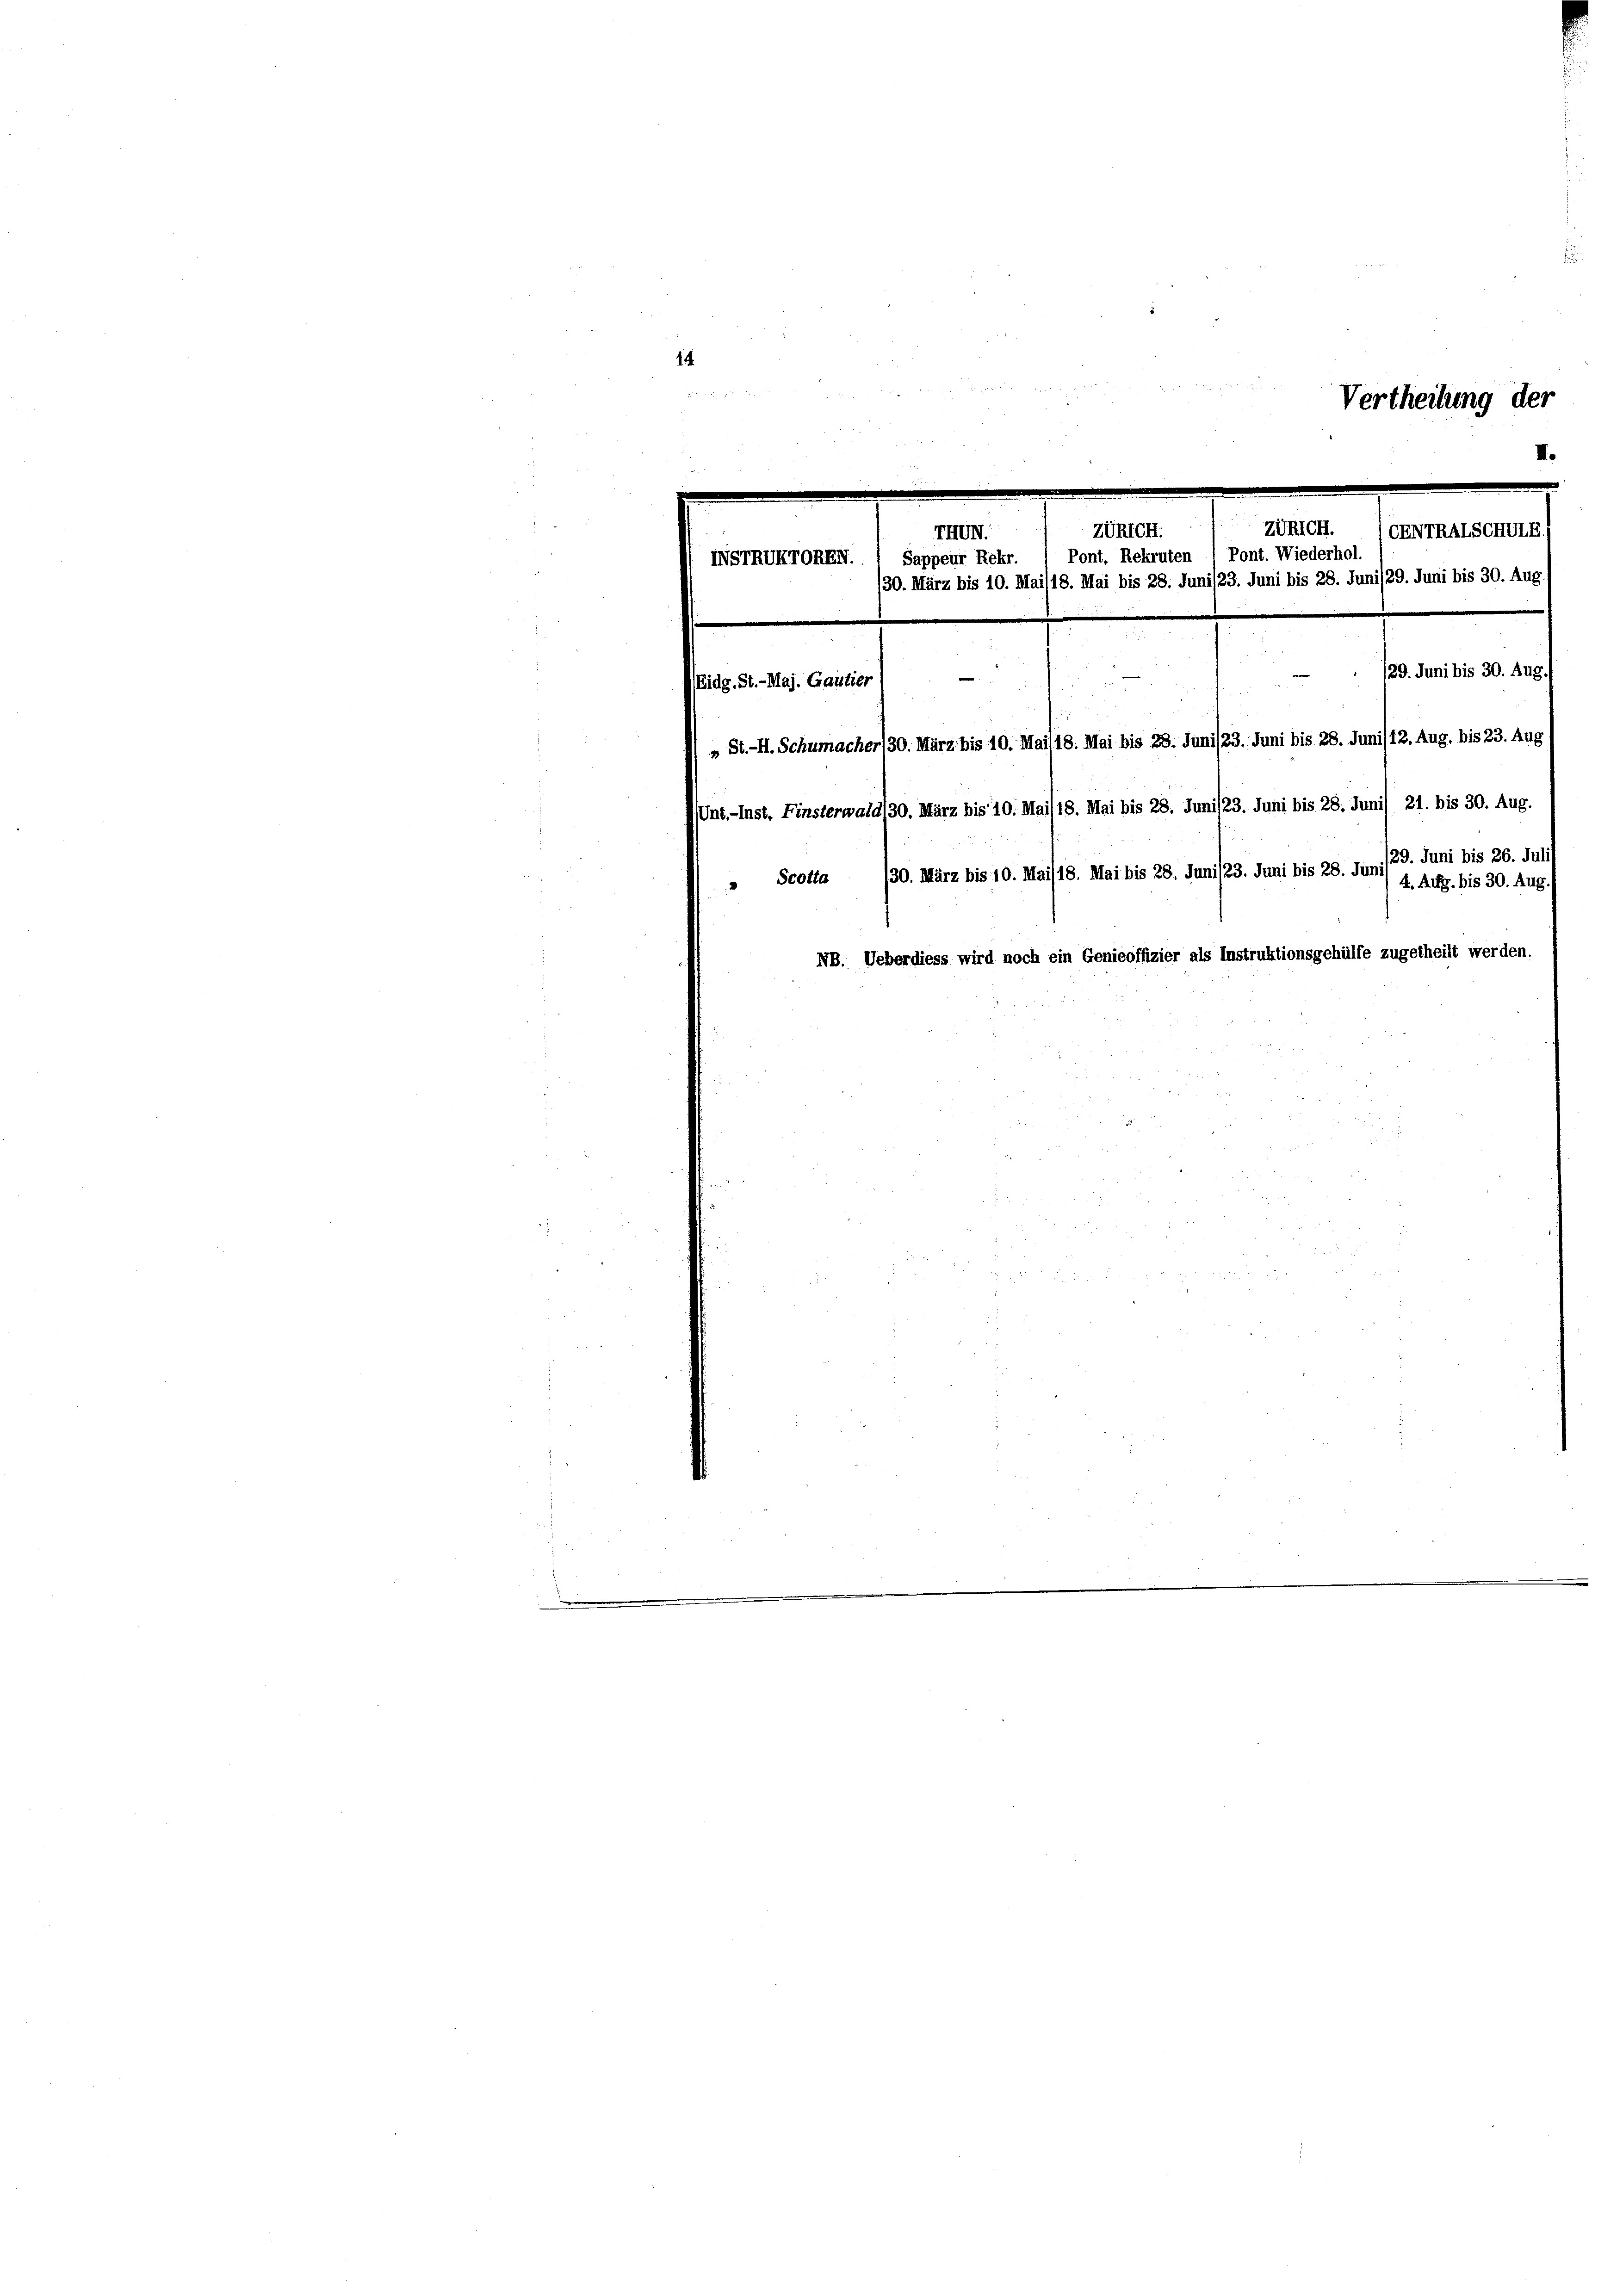
14.
m
Vertheilung der
II.
.
.

.

ZURICH. (ERNTRALSCHMIE
129. Juni bis 30. Aug
e
Eidg. St.-Maj. Gautier
» St.-H. Schumacher 130. März bis 10. Mai/18. Mai bis 28. Juni/23. Juni bis 28. Juni /12. Aug. bis 23. Aug
Unt.-Inst. Finsterwald 30. März bis 10. Mai 18. Mai bis 28. Juni /23. Juni bis 28. Juni 21. bis 30. Aug.
29. Juni bis 26. Juli
" Scotta 130. März bis 10. Mai/18. Mai bis 28. Juni /23. Juni bis 28. Jun) u. Aufg. bis 30. Aug
NB. Ueberdiess wird noch ein Genieoffizier als Instruktionsgehülfe zugetheilt werden.

Züricht.
TIII.
NNSTRIKTORRN. 1 Sappeur Rehr. / Pont. Rekruten / Pont. Wiederhol
30. März bis 10. Mai/18. Mai bis 28. Juni /23. Juni bis 28. Juni /29. Juni bis 30. Aug.